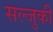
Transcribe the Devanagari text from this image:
सल्जुकी